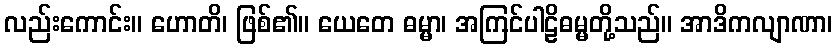
လည်းကောင်း။ ဟောတိ၊ ဖြစ်၏။ ယေတေ ဓမ္မာ၊ အကြင်ပါဠိဓမ္မတို့သည်။ အာဒိကလျာဏာ၊